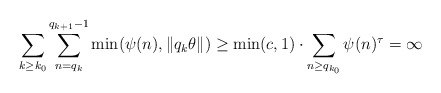
\begin{align*}\sum_{k\geq k_0}\sum_{n=q_k}^{q_{k+1}-1}\min(\psi(n),\|q_k\theta\|)\geq\min(c,1) \cdot \sum_{n\geq q_{k_0}}\psi(n)^{\tau}=\infty\end{align*}